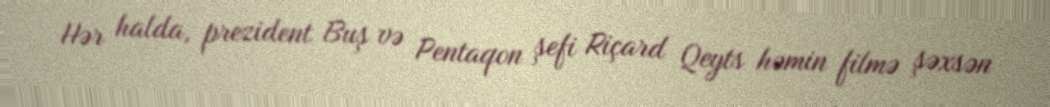
Hər halda, prezident Buş və Pentaqon şefi Riçard Qeyts həmin filmə şəxsən